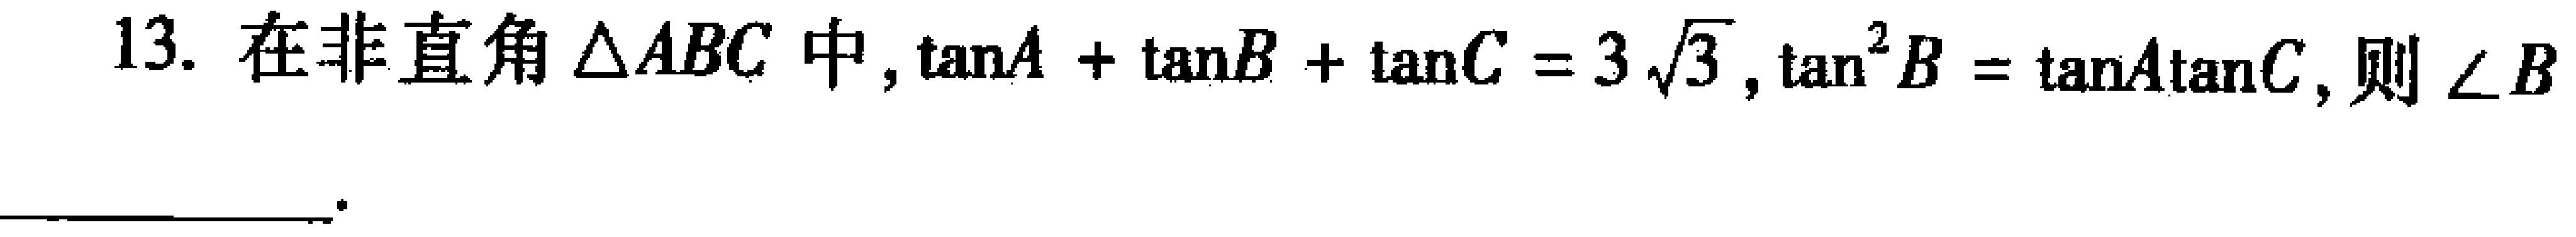
13. 在非直角$\triangle ABC$中，$\tan A+\tan B+\tan C = 3\sqrt{3}$，$\tan^{2}B=\tan A\tan C$，则$\angle B$__________________ 。